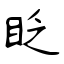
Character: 眨